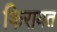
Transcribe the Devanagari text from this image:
किरायत